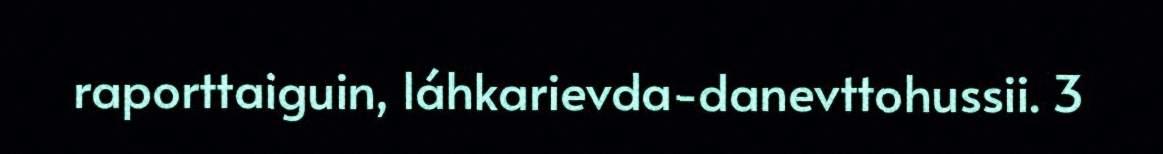
raporttaiguin, láhkarievda-danevttohussii. 3